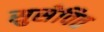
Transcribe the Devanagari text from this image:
सुसेवित